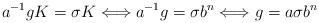
\begin{align*}a^{-1}gK=\sigma K\Longleftrightarrow a^{-1}g=\sigma b^n\Longleftrightarrow g=a\sigma b^n\end{align*}